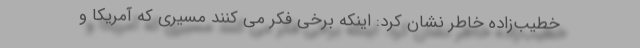
خطیب‌زاده خاطر نشان کرد: اینکه برخی فکر می کنند مسیری که آمریکا و